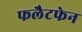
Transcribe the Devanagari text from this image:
फलैटफेन